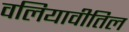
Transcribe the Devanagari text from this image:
वलियावीतिल